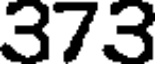
373